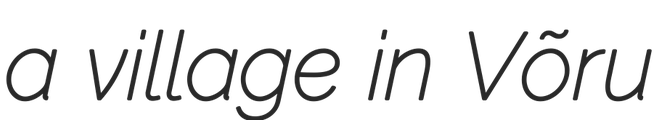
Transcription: a village in Võru